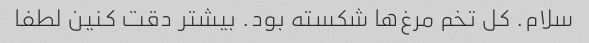
سلام. کل تخم مرغ‌ها شکسته بود. بیشتر دقت کنین لطفا